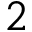
2